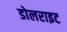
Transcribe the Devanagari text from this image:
डोलराइट